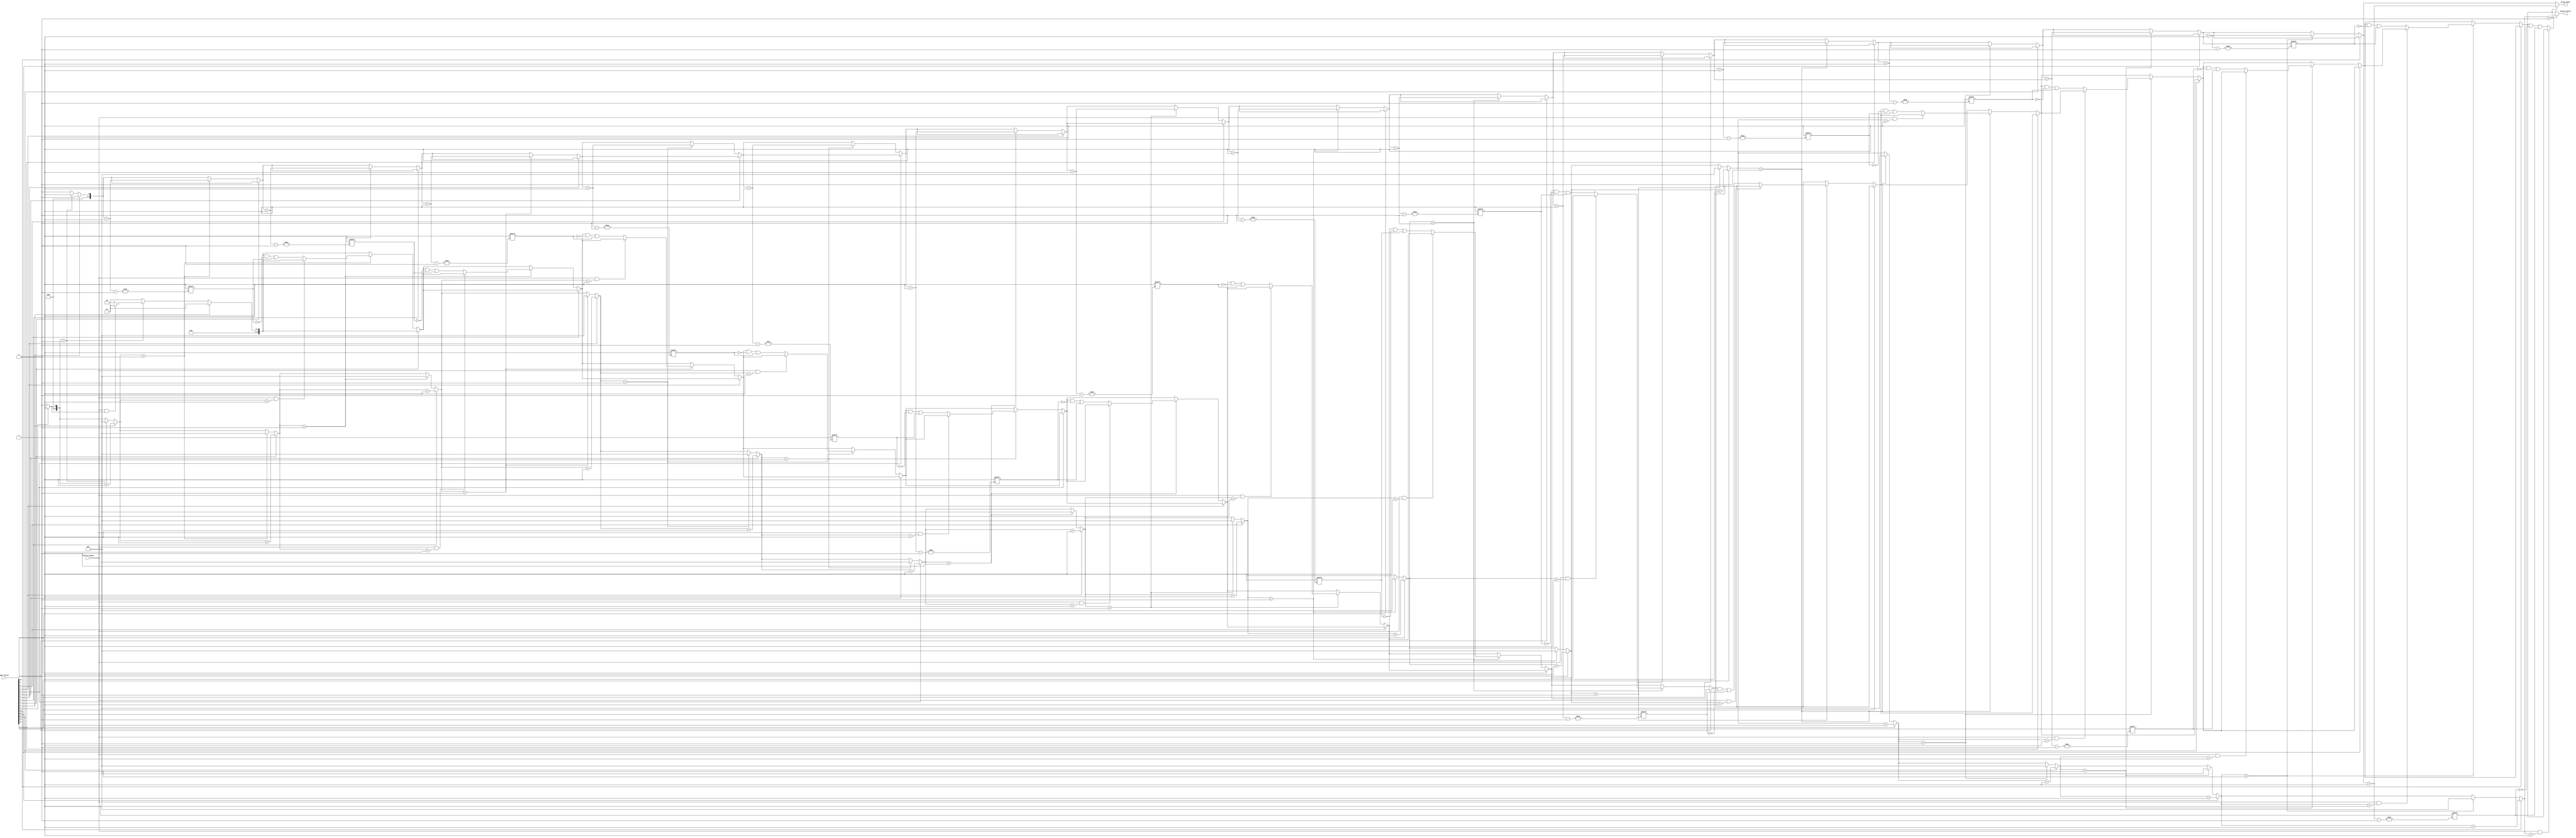
module GroupingOfOnes #(
    parameter N = 15, // Input vector size, can be adjusted
    parameter M = 15  // Output vector size, can be adjusted (depends on max groups)
)(
    input  wire [N:0] input_vector, // Input binary vector
    input  wire        control_enable, // Control signal to filter single '1's
    output reg  [M:0] output_vector, // Output groups identified
    output reg [3:0] group_count       // Count of groups found
);

    // Internal variables
    integer i;
    reg [3:0] current_length;
    reg [3:0] count; // Temporary counter to count groups

    always @* begin
        // Reset
        output_vector = 0;
        group_count = 0;
        current_length = 0;
        count = 0;

        // Scan through the input vector
        for (i = 0; i <= N; i = i + 1) begin
            if (input_vector[i] == 1) begin
                // We are in a group of '1's
                current_length = current_length + 1;
            end else begin
                // We reached '0', check if we had a group
                if (current_length > 0) begin
                    // We found a group of '1's
                    count = count + 1;

                    // Check filter condition based on control signal
                    if (control_enable && current_length == 1) begin
                        // Ignore single '1'
                        // Do not update output_vector or increment group count
                    end else begin
                        // Mark the position based on `count`
                        // Only storing high bit (MSB) of each group
                        output_vector[count] = 1;
                    end
                    // Reset current length
                    current_length = 0;
                end
            end
        end

        // Final check for ending group
        if (current_length > 0) begin
            count = count + 1;

            // Check filter condition for the last group
            if (!(control_enable && current_length == 1)) begin
                // Mark the last group if it passes filter
                output_vector[count] = 1;
            end
        end

        // Set group count
        group_count = count;
    end
endmodule